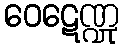
ဝေဋေဏ္ဍု